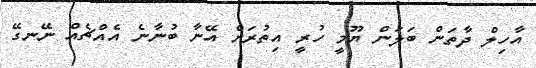
އާހިލް ދާތަން ބަލަން ޔޫމީ ހުރީ އިތުރަށް އޭނާ ބުނާނެ އެއްޗެއް ނޭނގޭ